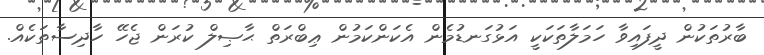
ބާރުތަކުން ދީފައިވާ ހަމަލާތަކަކީ އަޅުގަނޑުމެން އެކަންކަމުން ޢިބްރަތް ޙާޞިލް ކުރަން ޖެހޭ ހާދިސާތަކެއް.